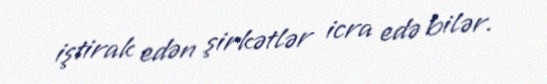
iştirak edən şirkətlər icra edə bilər.